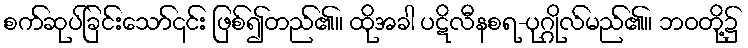
စက်ဆုပ်ခြင်းသော်၎င်း ဖြစ်၍တည်၏။ ထိုအခါ ပဋိလီနစရ-ပုဂ္ဂိုလ်မည်၏။ ဘဝတို့၌